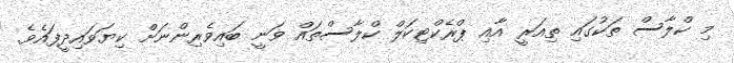
މި ކްލާސް ތަކުގައި ތިއަރީ އާއި ޕްރެކްޓިކަލް ކްލާސްތައް ވަނީ ބައިވެރިންނަށް ކިޔަވައިދީފައެވެ.